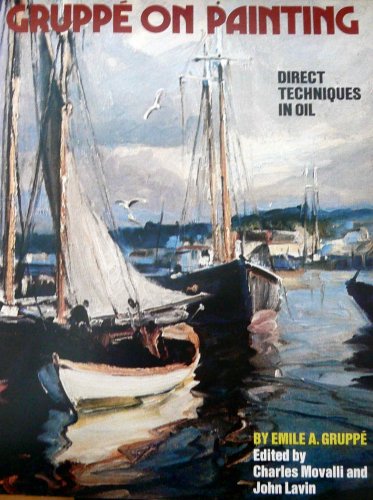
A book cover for Gruppe On Painting Direct Techniques In Oil; Emile A. : Movalli, Charles and Lavin, John (editors) Gruppe; Arts & Photography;